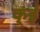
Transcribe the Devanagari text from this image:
क्ई